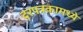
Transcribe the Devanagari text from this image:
दरपत्रकामध्ये